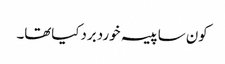
کون ساپیسہ خوردبردکیاتھا۔